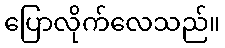
ပြောလိုက်လေသည်။